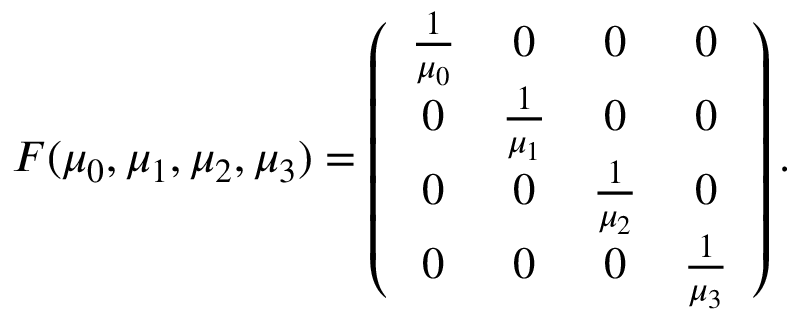
\begin{array} { r } { F ( \mu _ { 0 } , \mu _ { 1 } , \mu _ { 2 } , \mu _ { 3 } ) = \left( \begin{array} { c c c c } { \frac 1 { \mu _ { 0 } } } & { 0 } & { 0 } & { 0 } \\ { 0 } & { \frac 1 { \mu _ { 1 } } } & { 0 } & { 0 } \\ { 0 } & { 0 } & { \frac 1 { \mu _ { 2 } } } & { 0 } \\ { 0 } & { 0 } & { 0 } & { \frac 1 { \mu _ { 3 } } } \end{array} \right) . } \end{array}